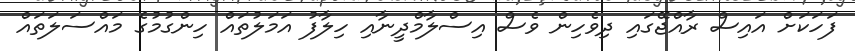
ފަހަކަށް އައިސް ރާއްޖޭގައި ދިވެހިން ވެސް އިސްލާމްދީނާއި ހިލާފު އަމަލުތައް ހިންގުމުގެ މައްސަލަތައް